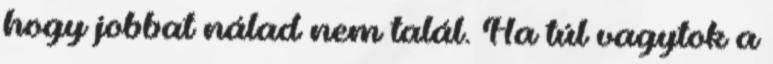
hogy jobbat nálad nem talál. Ha túl vagytok a